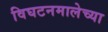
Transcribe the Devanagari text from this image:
विघटनमालेच्या